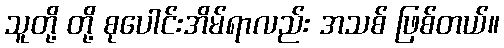
သူတို့ တို့ စုပေါင်းအိမ်ရာလည်း အသစ် ဖြစ်တယ်။